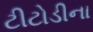
ટીટોડીના